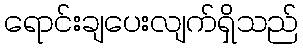
ရောင်းချပေးလျက်ရှိသည်